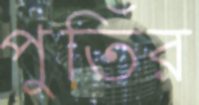
পুতিঁর